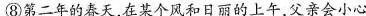
⑧第二年的春天，在某个风和日丽的上午，父亲会小心